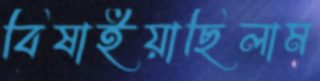
বিষাইয়াছিলাম